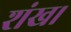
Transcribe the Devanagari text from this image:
शंख।